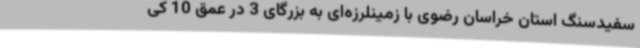
سفیدسنگ استان خراسان رضوی با زمینلرزه‌ای به بزرگای 3 در عمق 10 کی